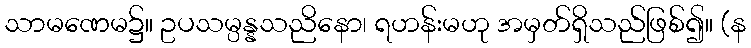
သာမဏေမ၌။ ဥပသမ္ပန္နသညိနော၊ ရဟန်းမဟု အမှတ်ရှိသည်ဖြစ်၍။ (န